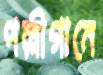
পল্লীগানে